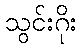
သွင်းဂိုး